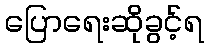
ပြောရေးဆိုခွင့်ရ